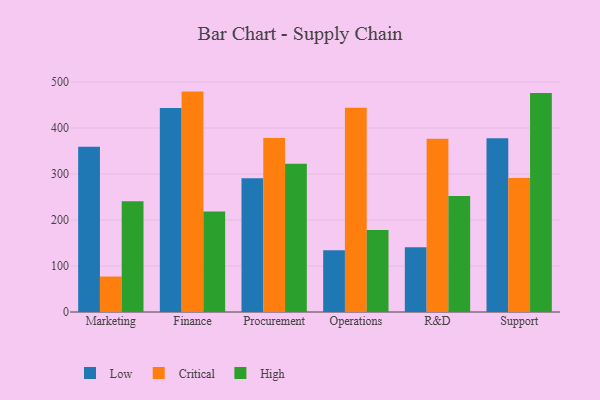
{"axis": {"x": "Department", "y": "Latency (ms)"}, "legend": ["Critical", "High", "Low"], "data": [{"x": "Marketing", "y": 359.4, "type": "Low"}, {"x": "Marketing", "y": 77.1, "type": "Critical"}, {"x": "Marketing", "y": 240.8, "type": "High"}, {"x": "Finance", "y": 443.6, "type": "Low"}, {"x": "Finance", "y": 479.1, "type": "Critical"}, {"x": "Finance", "y": 218.5, "type": "High"}, {"x": "Procurement", "y": 290.7, "type": "Low"}, {"x": "Procurement", "y": 378.0, "type": "Critical"}, {"x": "Procurement", "y": 322.5, "type": "High"}, {"x": "Operations", "y": 134.3, "type": "Low"}, {"x": "Operations", "y": 444.2, "type": "Critical"}, {"x": "Operations", "y": 178.3, "type": "High"}, {"x": "R&D", "y": 140.9, "type": "Low"}, {"x": "R&D", "y": 376.4, "type": "Critical"}, {"x": "R&D", "y": 252.4, "type": "High"}, {"x": "Support", "y": 377.6, "type": "Low"}, {"x": "Support", "y": 291.4, "type": "Critical"}, {"x": "Support", "y": 476.0, "type": "High"}]}